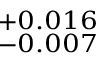
^ { + 0 . 0 1 6 } _ { - 0 . 0 0 7 }